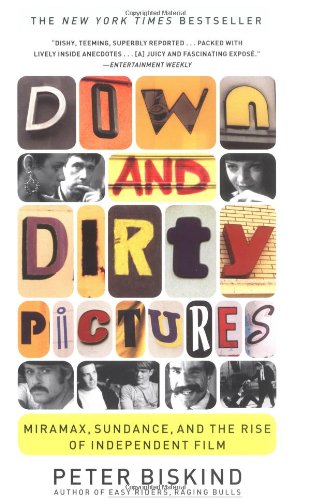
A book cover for Down and Dirty Pictures: Miramax, Sundance, and the Rise of Independent Film; Peter Biskind; Humor & Entertainment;